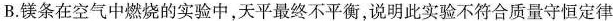
B.镁条在空气中燃烧的实验中，天平最终不平衡，说明此实验不符合质量守恒定律